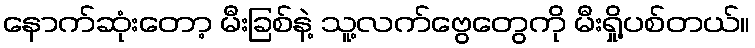
နောက်ဆုံးတော့ မီးခြစ်နဲ့ သူ့လက်ဗွေတွေကို မီးရှို့ပစ်တယ်။